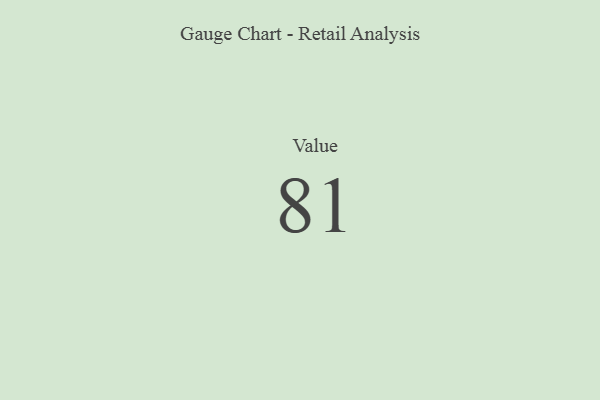
{"axis": {"x": "Metric", "y": "Value"}, "legend": [""], "data": [{"x": "Value", "y": 81, "type": ""}]}